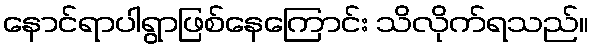
နောင်ရာပါရွာဖြစ်နေကြောင်း သိလိုက်ရသည်။